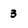
Character: 3